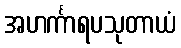
အဟင်္ကာရပသုတာယံ